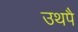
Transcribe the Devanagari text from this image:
उथपै